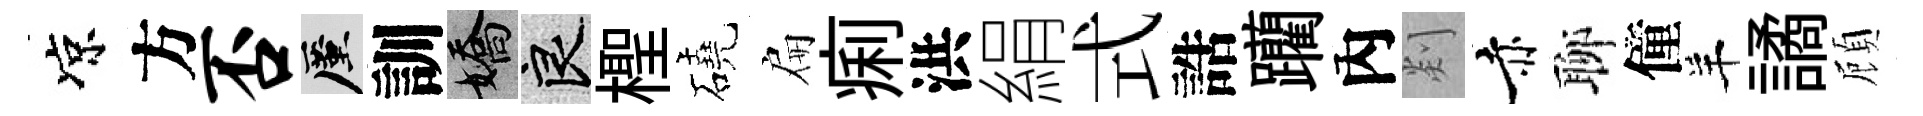
凉方否厪訓嬌良檉磽扁痢洪絹式誥躪內剡赤聊僮羊譎頋